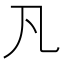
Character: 𠁽